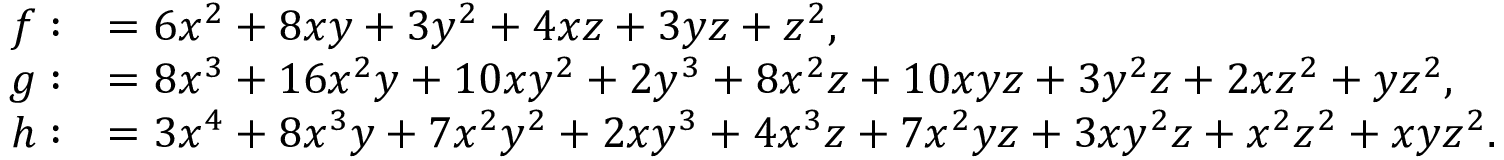
\begin{array} { r l } { f : } & { = 6 x ^ { 2 } + 8 x y + 3 y ^ { 2 } + 4 x z + 3 y z + z ^ { 2 } , } \\ { g : } & { = 8 x ^ { 3 } + 1 6 x ^ { 2 } y + 1 0 x y ^ { 2 } + 2 y ^ { 3 } + 8 x ^ { 2 } z + 1 0 x y z + 3 y ^ { 2 } z + 2 x z ^ { 2 } + y z ^ { 2 } , } \\ { h : } & { = 3 x ^ { 4 } + 8 x ^ { 3 } y + 7 x ^ { 2 } y ^ { 2 } + 2 x y ^ { 3 } + 4 x ^ { 3 } z + 7 x ^ { 2 } y z + 3 x y ^ { 2 } z + x ^ { 2 } z ^ { 2 } + x y z ^ { 2 } . } \end{array}